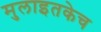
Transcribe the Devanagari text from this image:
मुलाइतकेच